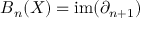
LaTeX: B _ { n } ( X ) = \mathrm { i m } ( \partial _ { n + 1 } )